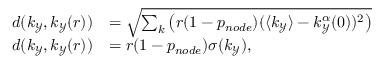
\begin{array} { r l } { d ( k _ { \mathcal { Y } } , k _ { \mathcal { Y } } ( r ) ) } & { = \sqrt { \sum _ { k } \left( r ( 1 - p _ { n o d e } ) ( \langle k _ { \mathcal { Y } } \rangle - k _ { \mathcal { Y } } ^ { \alpha } ( 0 ) ) ^ { 2 } \right) } } \\ { d ( k _ { \mathcal { Y } } , k _ { \mathcal { Y } } ( r ) ) } & { = r ( 1 - p _ { n o d e } ) \sigma ( k _ { \mathcal { Y } } ) , } \end{array}